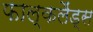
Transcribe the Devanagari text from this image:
फाल्कलैंड्स